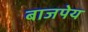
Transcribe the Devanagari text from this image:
बाजपेय